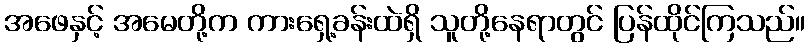
အဖေနှင့် အမေတို့က ကားရှေ့ခန်းထဲရှိ သူတို့နေရာတွင် ပြန်ထိုင်ကြသည်။